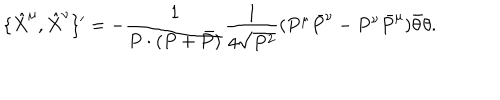
LaTeX: \{ \hat { X } ^ { \mu } , \hat { X } ^ { \nu } \} ^ { \prime } = - \frac { 1 } { P \cdot ( P + \bar { P } ) } \frac { 1 } { 4 \sqrt { P ^ { 2 } } } ( P ^ { \mu } \bar { P } ^ { \nu } - P ^ { \nu } \bar { P } ^ { \mu } ) \bar { \theta } \theta .